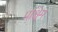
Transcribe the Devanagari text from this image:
पश्चि्म